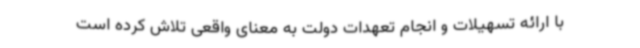
با ارائه تسهیلات و انجام تعهدات دولت به معنای واقعی تلاش کرده است